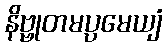
နိဗ္ဗုတမပ္ပမေယျံ